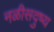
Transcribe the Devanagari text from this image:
नळीसदुष्य